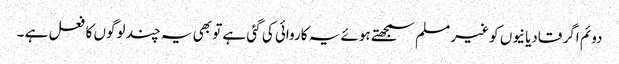
دوئم اگر قادیانیوں کو غیر مسلم سمجھتے ہوئے یہ کاروائی کی گئی ہے تو بھی یہ چند لوگوں کا فعل ہے ۔